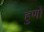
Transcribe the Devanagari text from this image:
हुणों